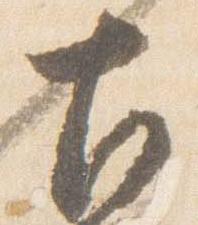
左